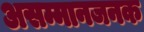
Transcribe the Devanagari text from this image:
असम्मानजनक